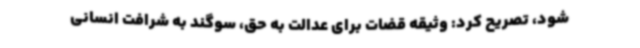
شود، تصریح کرد: وثیقه قضات برای عدالت به حق، سوگند به شرافت انسانی